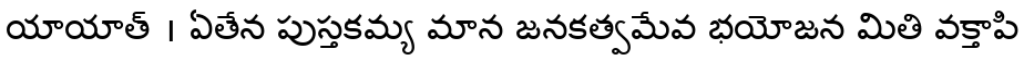
యాయాత్ । ఏతేన పుస్తకమ్య మాన జనకత్వమేవ భయోజన మితి వక్తాపి